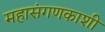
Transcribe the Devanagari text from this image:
महासंगणकाशी